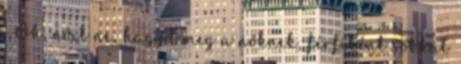
-Oh, nőit ne, hagyd meg a nőknek, férfiként sokkal